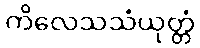
ကိလေသသံယုတ္တံ